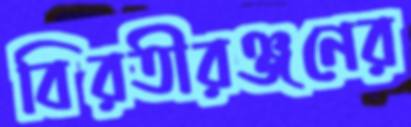
বিরতীরঞ্জনের